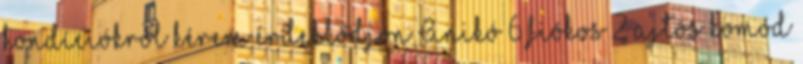
kondíciókról kérem érdeklődjön Anikó 6 fiókos 2 ajtós komód